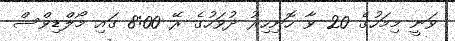
ވަނީ މިމަހުގެ 20 ވާ ހޮނިހިރު ދުވަހުގެ ރޭ 8:00 ގައި މޯލްޑިވްސް